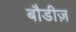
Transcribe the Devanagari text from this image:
बौडीज़